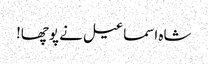
شاہ اسماعیل نے پوچھا!